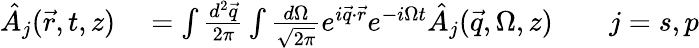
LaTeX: \begin{array}{rl}{\hat{A}_{j}(\vec{r},t,z)}&{{}=\int\frac{d^{2}\vec{q}}{2\pi}\int\frac{d\Omega}{\sqrt{2\pi}}e^{i\vec{q}\cdot\vec{r}}e^{-i\Omega t}\hat{A}_{j}(\vec{q},\Omega,z)\qquad j=s,p}\end{array}